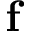
\mathbf { f }